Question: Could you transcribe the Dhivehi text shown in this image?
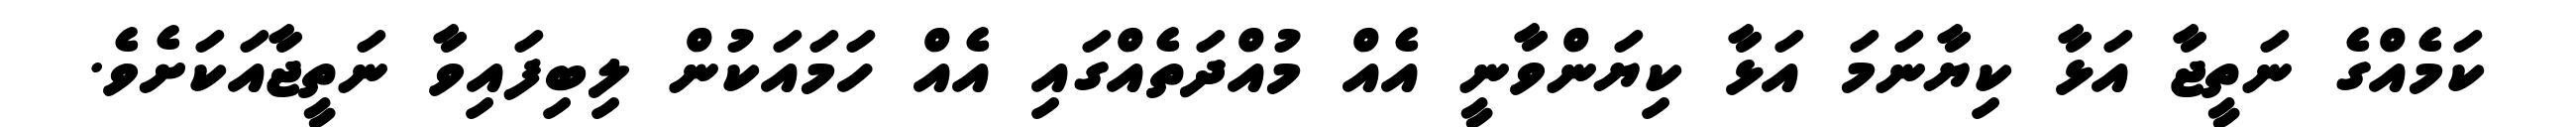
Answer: ކަމެއްގެ ނަތީޖާ އަޅާ ކިޔާނަމަ އަޅާ ކިޔަންވާނީ އެއް މުއްދަތެއްގައި އެއް ހަމައަކުން ލިބިފައިވާ ނަތީޖާއަކަށެވެ.